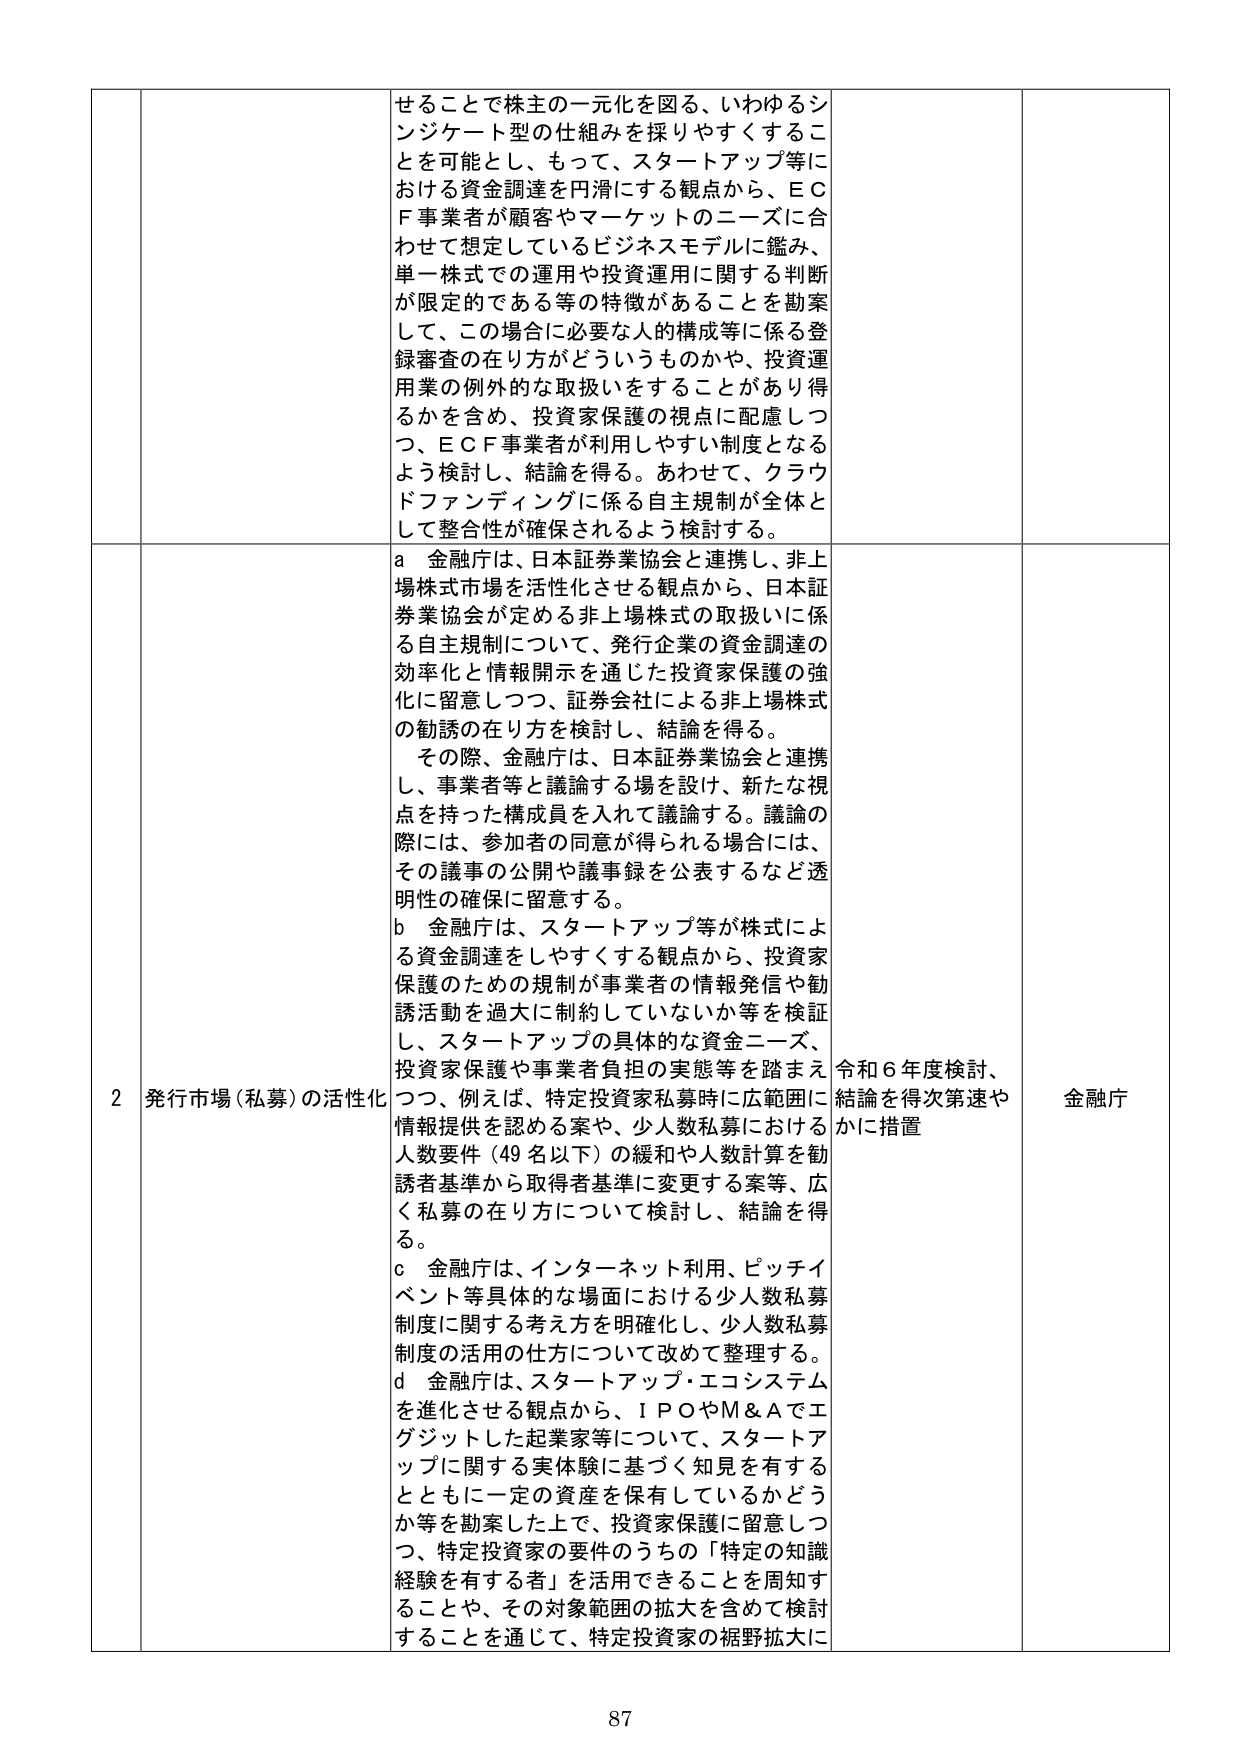
せることで株主の一元化を図る、いわゆるシンジケート型の仕組みを採りやすくすることを可能とし、もって、スタートアップ等における資金調達を円滑にする観点から、ＥＣＦ事業者が顧客やマーケットのニーズに合わせて想定しているビジネスモデルに鑑み、単一株式での運用や投資運用に関する判断が限定的である等の特徴があることを勘案して、この場合に必要な人的構成等に係る登録審査の在り方がどういうものかや、投資運用業の例外的な取扱いをすることがあり得るかを含め、投資家保護の視点に配慮しつつ、ＥＣＦ事業者が利用しやすい制度となるよう検討し、結論を得る。あわせて、クラウドファンディングに係る自主規制が全体として整合性が確保されるよう検討する。

２ 発行市場（私募）の活性化
ａ 金融庁は、日本証券業協会と連携し、非上場株式市場を活性化させる観点から、日本証券業協会が定める非上場株式の取扱いに係る自主規制について、発行企業の資金調達の効率化と情報開示を通じた投資家保護の強化に留意しつつ、証券会社による非上場株式の勧誘の在り方を検討し、結論を得る。
　その際、金融庁は、日本証券業協会と連携し、事業者等と議論する場を設け、新たな視点を持った構成員を入れて議論する。議論の際には、参加者の同意が得られる場合には、その議事の公開や議事録を公表するなど透明性の確保に留意する。
ｂ 金融庁は、スタートアップ等が株式による資金調達をしやすくする観点から、投資家保護のための規制が事業者の情報発信や勧誘活動を過大に制約していないか等を検証し、スタートアップの具体的な資金ニーズ、投資家保護や事業者負担の実態等を踏まえつつ、例えば、特定投資家私募時に広範囲に情報提供を認める案や、少人数私募における人数要件（49名以下）の緩和や人数計算を勧誘者基準から取得者基準に変更する案等、広く私募の在り方について検討し、結論を得る。
ｃ 金融庁は、インターネット利用、ピッチイベント等具体的な場面における少人数私募制度に関する考え方を明確化し、少人数私募制度の活用の仕方について改めて整理する。
ｄ 金融庁は、スタートアップ・エコシステムを進化させる観点から、ＩＰＯやＭ＆Ａでエグジットした起業家等について、スタートアップに関する実体験に基づく知見を有するともに一定の資産を保有しているかどうか等を勘案した上で、投資家保護に留意しつつ、特定投資家の要件のうちの「特定の知識経験を有する者」を活用できることを周知することや、その対象範囲の拡大を含めて検討することを通じて、特定投資家の裾野拡大に

令和６年度検討、結論を得次第速やかに措置

金融庁

87